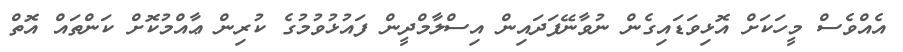
އެއްވެސް މީހަކަށް އޮޅިވަޑައިގެން ނުވާނޭފަދައިން އިސްލާމްދީން ފައުޅުވުމުގެ ކުރިން ޢާއްމުކޮށް ކަންތައް އޮތް